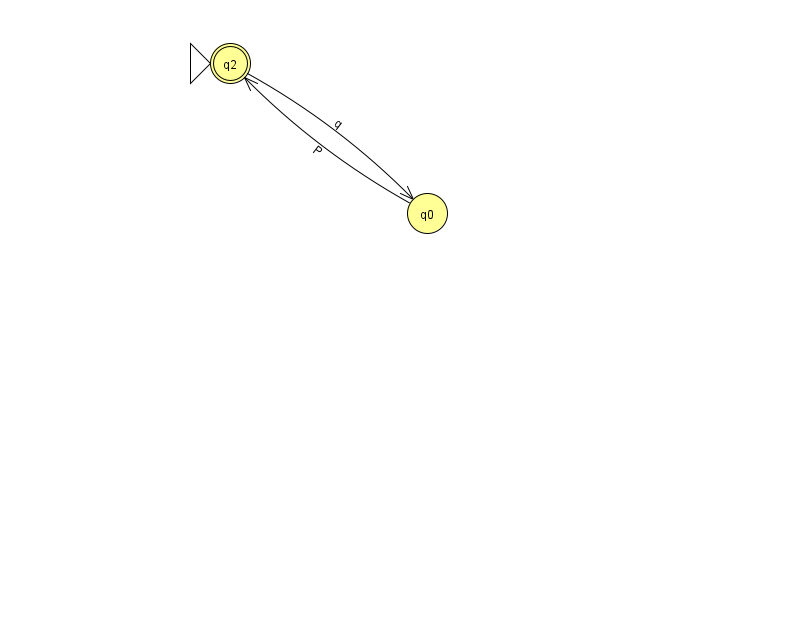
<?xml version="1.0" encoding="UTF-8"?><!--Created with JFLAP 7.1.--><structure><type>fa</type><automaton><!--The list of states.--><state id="0" name="q0"><x>427.0</x><y>200.0</y></state><state id="2" name="q2"><x>230.0</x><y>50.0</y><initial/><final/></state><!--The list of transitions.--><transition><from>0</from><to>2</to><read>P</read></transition><transition><from>2</from><to>0</to><read>q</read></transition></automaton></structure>